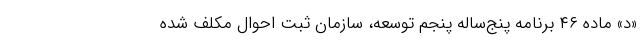
«د» ماده ۴۶ برنامه پنج‌ساله پنجم توسعه، سازمان ثبت احوال مکلف شده